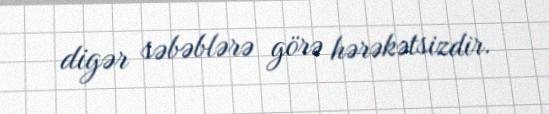
digər səbəblərə görə hərəkətsizdir.